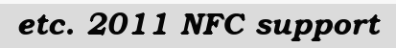
etc. 2011 NFC support